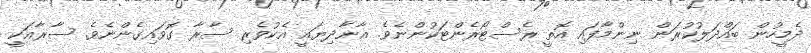
ދެމީހުން ބައްދަލުކުރަން ނިންމާފައި އޮތީ ރެސްޓޯރެންޓަކުންނެވެ. އާނާދިޔައީ އެކުވެރި ސާރާ ގޮވައިގެންނެވެ. ސާރާއަކީ